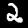
Digit: 2